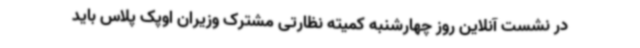
در نشست آنلاین روز چهارشنبه کمیته نظارتی مشترک وزیران اوپک پلاس باید